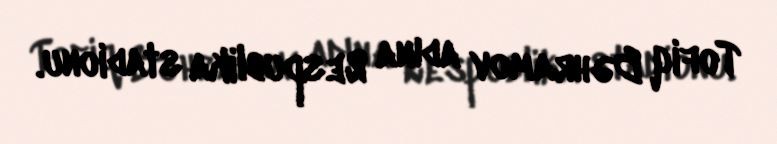
Tofiq Bəhramov adına Respublika stadionu.